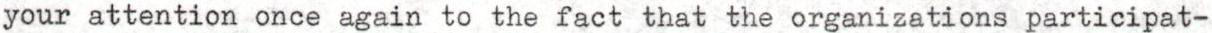
your attention once again to the fact that the organizations participat-